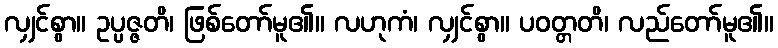
လျှင်စွာ။ ဥပ္ပဇ္ဇတိ၊ ဖြစ်တော်မူ၏။ လဟုကံ၊ လျှင်စွာ။ ပဝတ္တတိ၊ လည်တော်မူ၏။